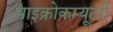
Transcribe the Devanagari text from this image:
माइक्रोकम्यूटरों